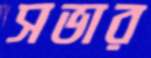
সভার